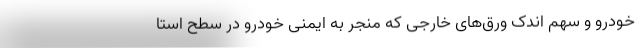
خودرو و سهم اندک ورق‌های خارجی که منجر به ایمنی خودرو در سطح استا